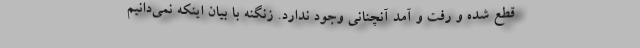
قطع شده و رفت و آمد آنچنانی وجود ندارد. زنگنه با بیان اینکه نمی‌دانیم